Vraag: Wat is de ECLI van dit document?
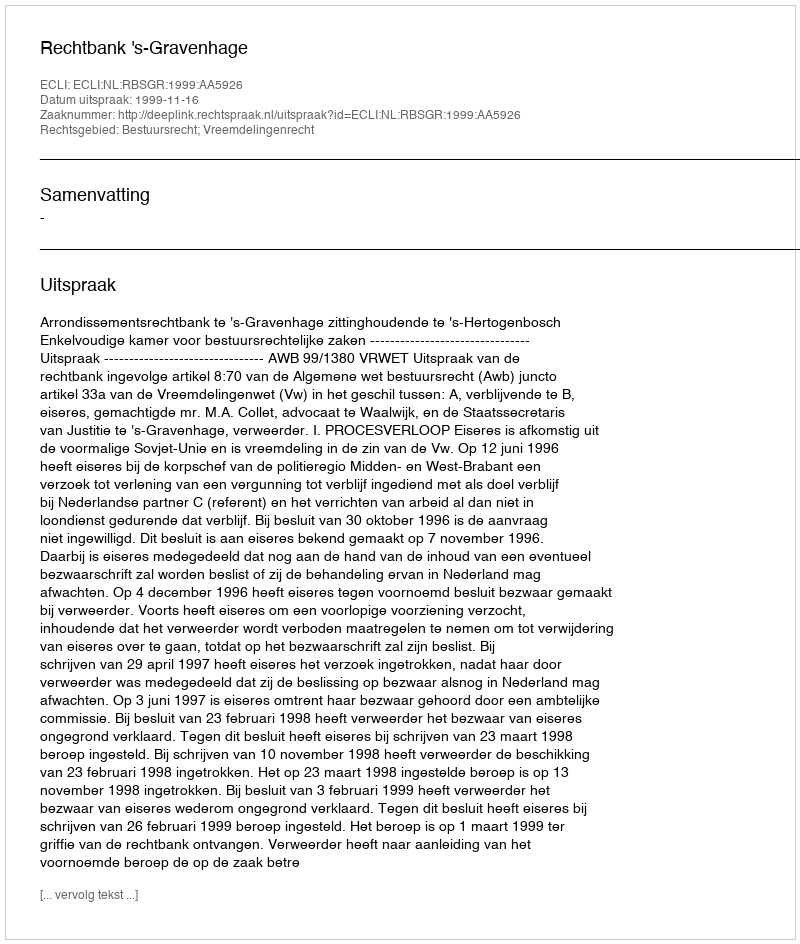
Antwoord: ECLI:NL:RBSGR:1999:AA5926